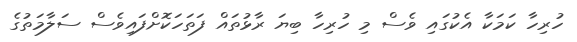
ހުރިހާ ކަމަކާ އެކުގައި ވެސް މި ހުރިހާ ބިޔަ ރާޅުތައް ފަތަހަކޮށްފައިވެސް ސަލާމަތުގެ